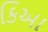
કિઆ